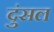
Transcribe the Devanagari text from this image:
दुंसल